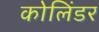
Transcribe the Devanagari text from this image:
कोलिंडर